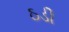
ઠડી